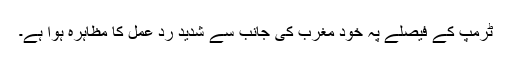
ٹرمپ کے فیصلے پہ خود مغرب کی جانب سے شدید ردِ عمل کا مظاہرہ ہوا ہے۔